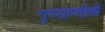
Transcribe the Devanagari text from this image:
गुरुप्राप्तीची